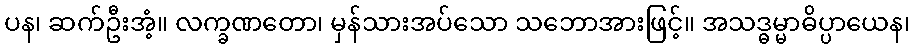
ပန၊ ဆက်ဦးအံ့။ လက္ခဏတော၊ မှန်သားအပ်သော သဘောအားဖြင့်။ အသဒ္ဓမ္မာဓိပ္ပာယေန၊